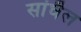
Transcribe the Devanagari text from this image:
सांघैल